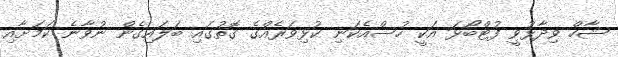
ޝާހް ވިދާޅުވީ ފުޓްބޯޅަ އަކީ ހުސްއެކަނި ކުޅިވަރެއްގެ ގޮތުގައި ބަލައިގެން ނުވާނެ ކަމަށާއި